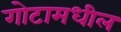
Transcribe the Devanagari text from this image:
गोटामधील